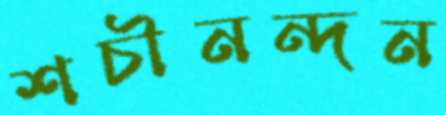
শচীনন্দন